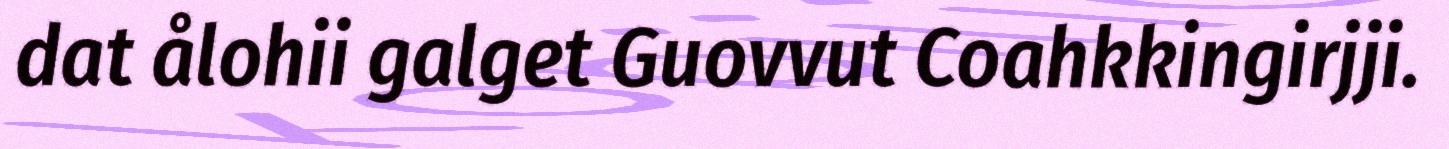
dat ålohii galget Guovvut Coahkkingirjji.